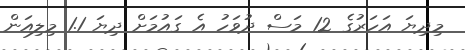
މިދިޔަ އަހަރުގެ 12 މަސް ދުވަހު އެ ގައުމަށް ދިޔަ 1.1 މިލިއަން